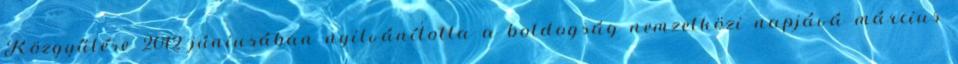
Közgyűlése 2012 júniusában nyilvánította a boldogság nemzetközi napjává március